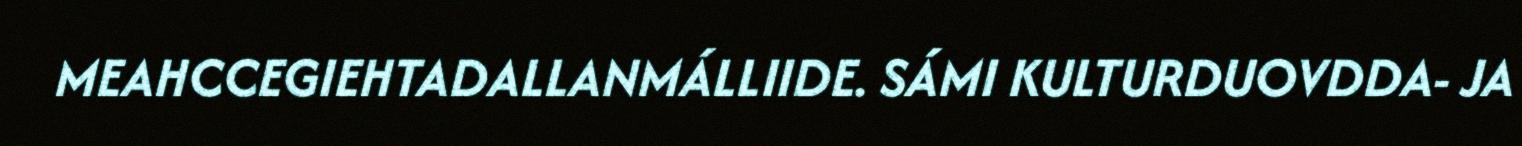
MEAHCCEGIEHTADALLANMÁLLIIDE. SÁMI KULTURDUOVDDA- JA